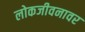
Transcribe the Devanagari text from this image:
लोकजीवनावर